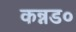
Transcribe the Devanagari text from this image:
कन्नड०